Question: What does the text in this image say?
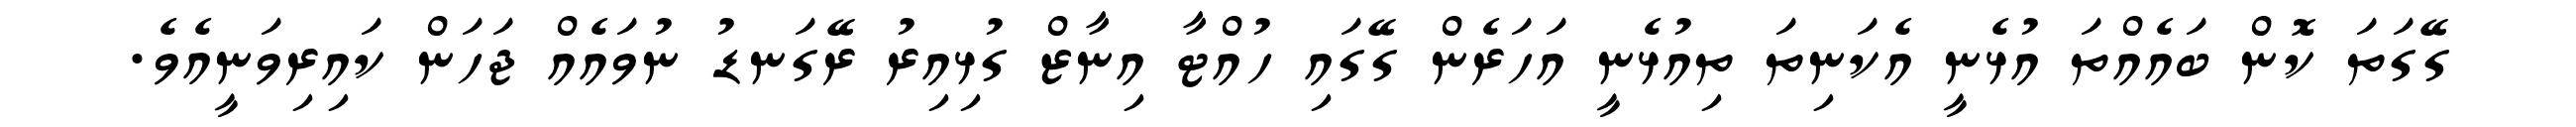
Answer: ގޭގަތަ ކޮން ބައެއްތަ އުޅެނީ އެކަނިތަ ތިއުޅެނީ އަހަރެން ގޭގައި ހުއްޓާ އިނާޒް ގުޅިއިރު ރޭގަނޑު ނުވައެއް ޖަހަން ކައިރިވަނީއެވެ.